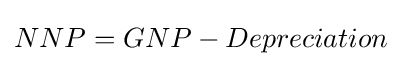
NNP=GNP-Depreciation